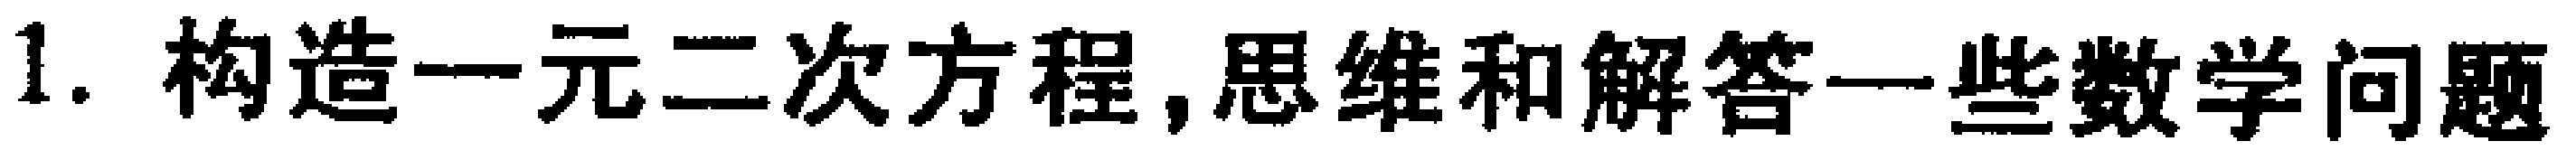
1. 构造一元二次方程,思维和解答一些数学问题